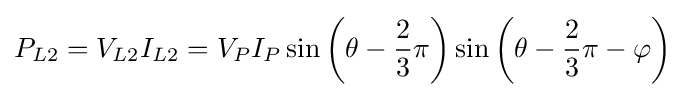
P_{L2}=V_{L2}I_{L2}=V_{P}I_{P}\sin \left(\theta -{\frac {2}{3}}\pi \right)\sin \left(\theta -{\frac {2}{3}}\pi -\varphi \right)